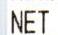
NET